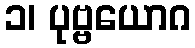
၁၊ ပုဗ္ဗယောဂ